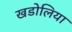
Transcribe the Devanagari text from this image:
खडोलिया